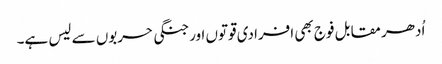
اُدھر مقابل فوج بھی افرادی قوتوں اورجنگی حربوں سے لیس ہے۔